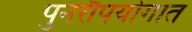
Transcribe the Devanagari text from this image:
पुनरौपयोगात